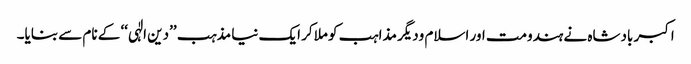
اکبر بادشاہ نے ہندومت اور اسلام ودیگر مذاہب کو ملاکر ایک نیا مذہب ’’دین الٰہی‘‘ کے نام سے بنایا۔